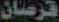
قرصان